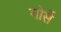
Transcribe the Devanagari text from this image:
मोर्से